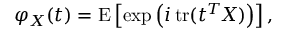
\varphi _ { X } ( t ) = \operatorname { E } \left[ \exp \left( i \operatorname { t r } ( t ^ { T } \! X ) \right) \right] ,